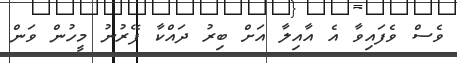
ވެސް ވެފައިވާ އެ އާއިލާ އަށް ބިރު ދައްކާ ފޭރުނު މީހުން ވަން